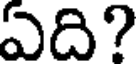
ఏది?